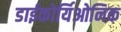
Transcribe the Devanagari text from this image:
डाईकोर्यिओनिक